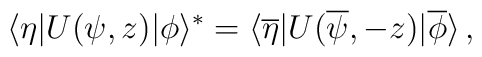
\langle\eta|U(\psi,z)|\phi\rangle^\ast=\langle\overline\eta|U(\overline\psi,-z)|\overline\phi\rangle\,,